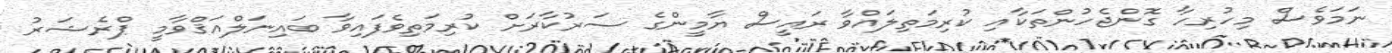
ނަމަވެސް މިހުރިހާ ގޮންޖެހުންތަކާއި ކުރިމަތިލައްވާ ރައީސް ޔާމީންގެ ސަރުކާރަށް ކުރިމަތިވެފައިވާ ބައިނަލްއަޤްވާމީ ޕްރެޝަރު